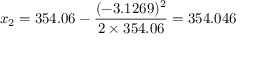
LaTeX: x _ { 2 } = 3 5 4 . 0 6 - { \frac { ( - 3 . 1 2 6 9 ) ^ { 2 } } { 2 \times 3 5 4 . 0 6 } } = 3 5 4 . 0 4 6